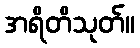
အရိတိသုတ်။